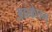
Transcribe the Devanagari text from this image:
अप्रकेतम्